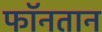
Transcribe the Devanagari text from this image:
फॉनतान